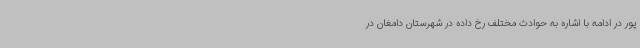
پور در ادامه با اشاره به حوادث مختلف رخ داده در شهرستان دامغان در